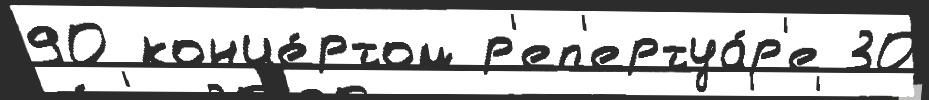
90 конце́ртом р'еп'ертуа́р'е 30